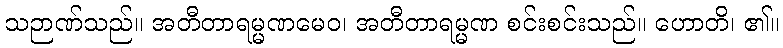
သဉာဏ်သည်။ အတီတာရမ္မဏမေဝ၊ အတီတာရမ္မဏ စင်းစင်းသည်။ ဟောတိ၊ ၏။